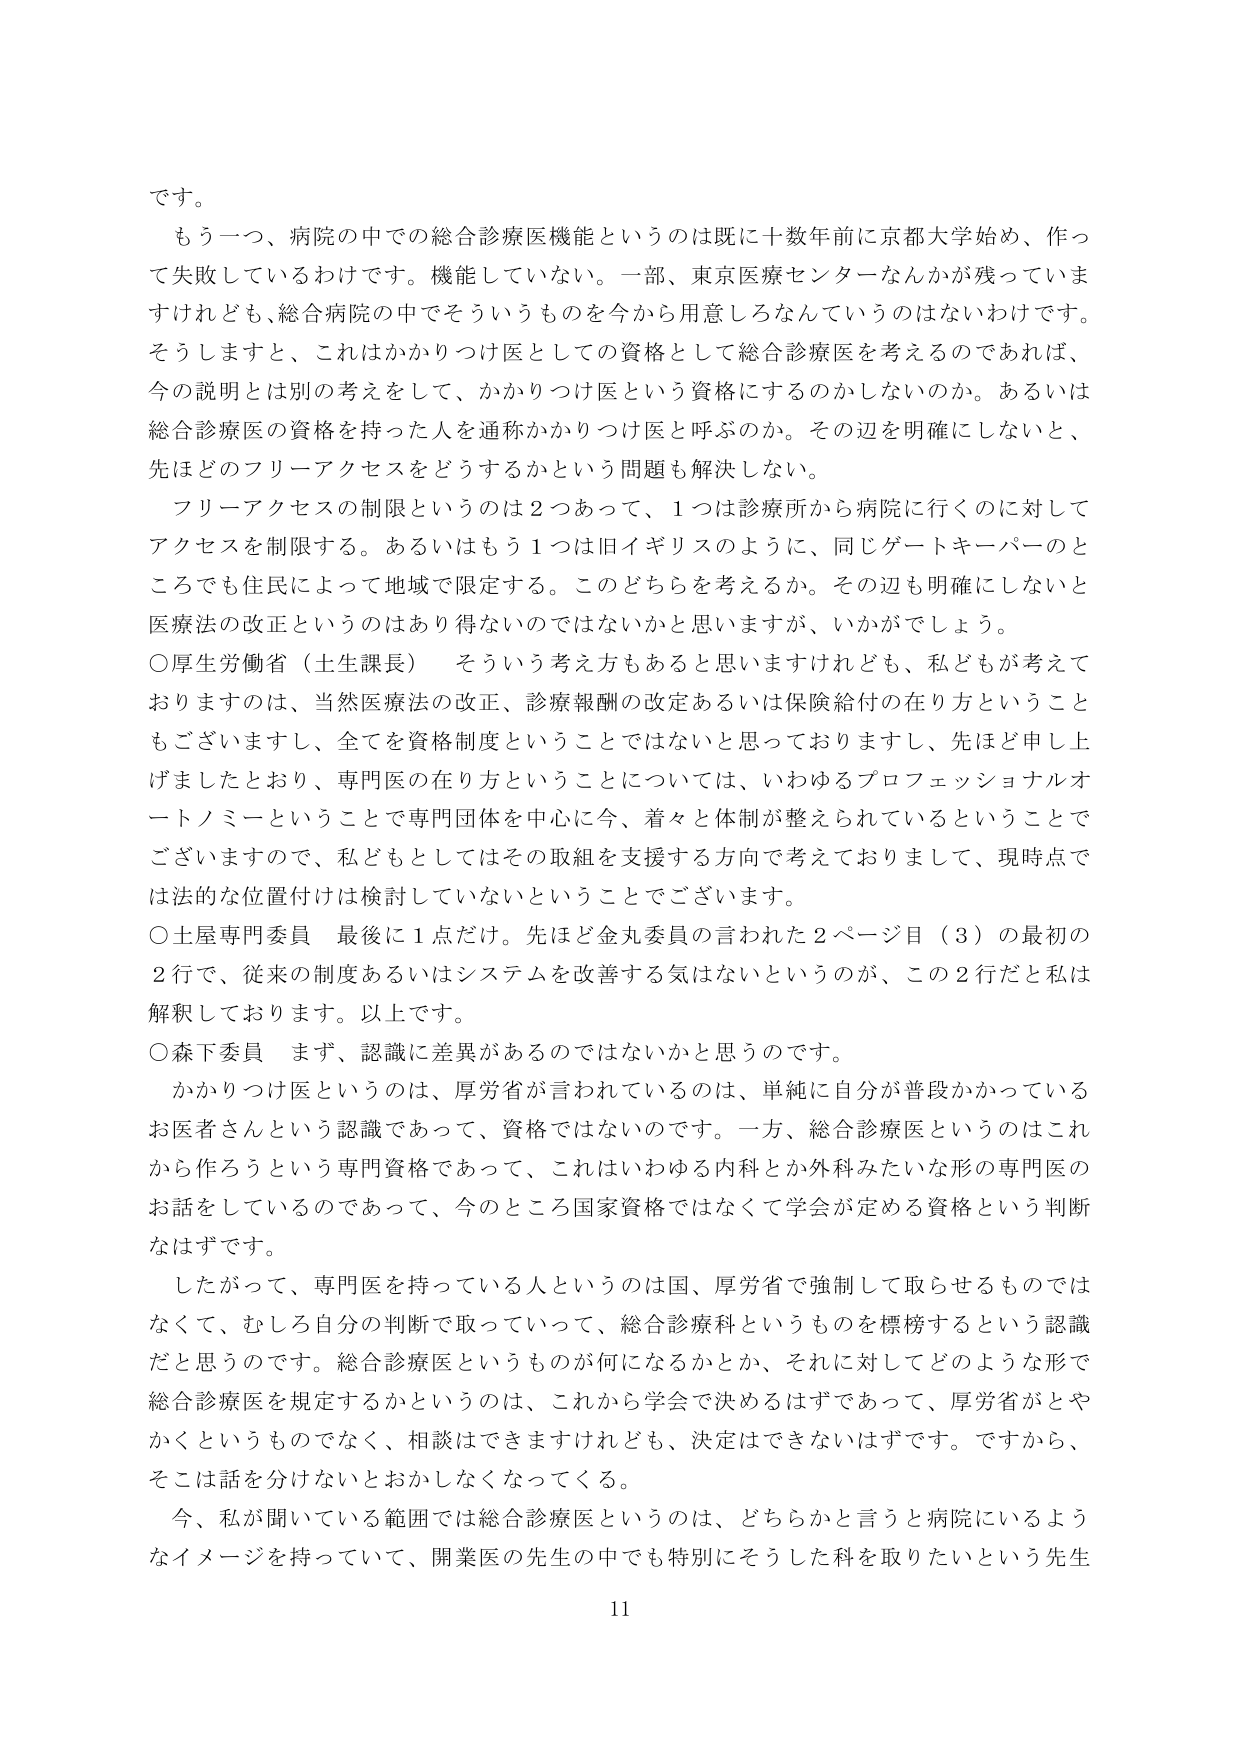
です。

もう一つ、病院の中での総合診療医機能というのは既に十数年前に京都大学始め、作って失敗しているわけです。機能していない。一部、東京医療センターなんかが残っていますけれども、総合病院の中でそういうものを今から用意しろなんていうのはないわけです。そうしますと、これはかかりつけ医としての資格として総合診療医を考えるのであれば、今の説明とは別の考えをして、かかりつけ医という資格にするのかしないのか。あるいは総合診療医の資格を持った人を通称かかりつけ医と呼ぶのか。その辺を明確にしないと、先ほどのフリーアクセスをどうするかという問題も解決しない。

フリーアクセスの制限というのは２つあって、１つは診療所から病院に行くのに対してアクセスを制限する。あるいはもう１つは旧イギリスのように、同じゲートキーパーのところで住民によって地域で限定する。このどちらを考えるか。その辺も明確にしないと医療法の改正というのはあり得ないのではないかと思いますが、いかがでしょう。

○厚生労働省（土生課長）　そういう考え方もあると思いますけれども、私どもが考えておりますのは、当然医療法の改正、診療報酬の改定あるいは保険給付の在り方ということもございますし、全てを資格制度ということではないと思っておりますし、先ほど申し上げましたとおり、専門医の在り方ということについては、いわゆるプロフェッショナルオートノミーということで専門団体を中心に今、着々と体制が整えられているということでございますので、私どもとしてはその取組を支援する方向で考えておりまして、現時点では法的な位置付けは検討していないということでございます。

○土屋専門委員　最後に１点だけ。先ほど金丸委員の言われた２ページ目（３）の最初の２行で、従来の制度あるいはシステムを改善する気はないというのが、この２行だと私は解釈しております。以上です。

○森下委員　まず、認識に差異があるのではないかと思うのです。

かかりつけ医というのは、厚労省が言われているのは、単純に自分が普段かかっているお医者さんという認識であって、資格ではないのです。一方、総合診療医というのはこれから作ろうという専門資格であって、これはいわゆる内科とか外科みたいな形の専門医のお話をしているのであって、今のところ国家資格ではなくて学会が定める資格という判断なはずです。

したがって、専門医を持っている人というのは国、厚労省で強制して取らせるものではなくて、むしろ自分の判断で取っていって、総合診療科というものを標榜するという認識だと思うのです。総合診療医というものが何になるかとか、それに対してどのような形で総合診療医を規定するかというのは、これから学会で決めるはずであって、厚労省がとやかくというものでなく、相談はできますけれども、決定はできないはずです。ですから、そこは話を分けないとおかしくなってくる。

今、私が聞いている範囲では総合診療医というのは、どちらかと言うと病院にいるようなイメージを持っていて、開業医の先生の中でも特別にそうした科を取りたいという先生

11